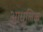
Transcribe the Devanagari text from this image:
आधुलिक